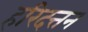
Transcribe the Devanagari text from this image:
हरिदत्तन